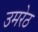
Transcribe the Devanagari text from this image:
उमरेठ